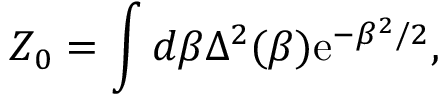
Z _ { 0 } = \int d \beta \Delta ^ { 2 } ( \beta ) \mathrm { e } ^ { - \beta ^ { 2 } / 2 } ,